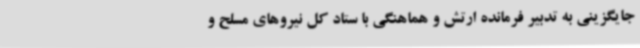
جایگزینی به تدبیر فرمانده ارتش و هماهنگی با ستاد کل نیروهای مسلح و